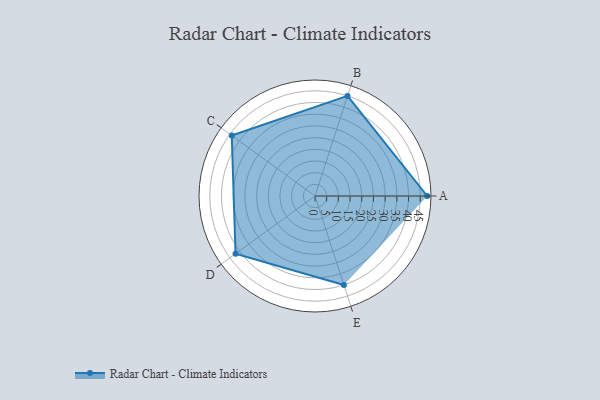
{"axis": {"x": "Skill", "y": "Score"}, "legend": ["Profile"], "data": [{"x": "A", "y": 48.0, "type": "Profile"}, {"x": "B", "y": 45.0, "type": "Profile"}, {"x": "C", "y": 44.0, "type": "Profile"}, {"x": "D", "y": 42.0, "type": "Profile"}, {"x": "E", "y": 40.0, "type": "Profile"}]}